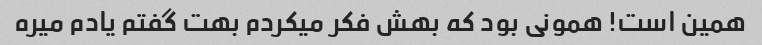
همین است! همونی بود که بهش فکر میکردم بهت گفتم یادم میره